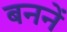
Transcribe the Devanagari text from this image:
बननें